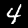
Label: 4